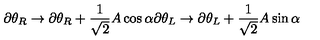
\partial \theta _ { R } \rightarrow \partial \theta _ { R } + \frac { 1 } { \sqrt { 2 } } A \cos \alpha \partial \theta _ { L } \rightarrow \partial \theta _ { L } + \frac { 1 } { \sqrt { 2 } } A \sin \alpha